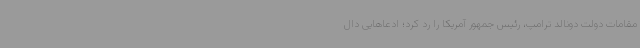
مقامات دولت دونالد ترامپ، رئیس جمهور آمریکا را رد کرد؛ ادعاهایی دال